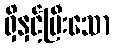
ရှိနှင့်ပြီးသော